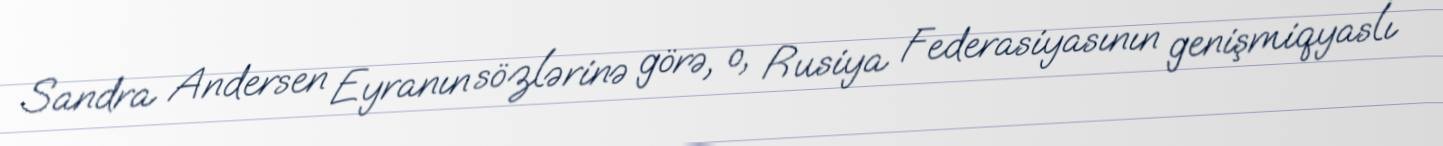
Sandra Andersen Eyranın sözlərinə görə, o, Rusiya Federasiyasının genişmiqyaslı